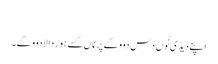
‏
اپنے ڈیڈی نُوں دس دوو گے پر ناں کسے ہور دا لا دوو گے۔